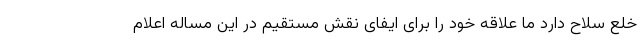
خلع سلاح دارد ما علاقه خود را برای ایفای نقش مستقیم در این مساله اعلام